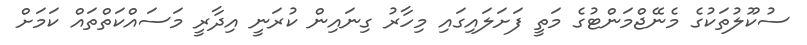
ސުކޫލުތަކުގެ މެނޭޖްމަންޓުގެ މަތީ ފަށަލައިގައި މިހާރު ގިނައިން ކުރަނީ އިދާރީ މަސައްކަތްތައް ކަަމަށް